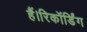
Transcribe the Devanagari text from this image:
हैं।रिकॉर्डिंग